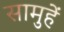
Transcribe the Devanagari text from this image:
सामुहें